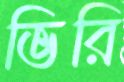
ভিরি